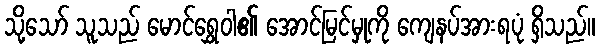
သို့သော် သူသည် မောင်ရွှေဝါ၏ အောင်မြင်မှုကို ကျေနပ်အားရပုံ ရှိသည်။